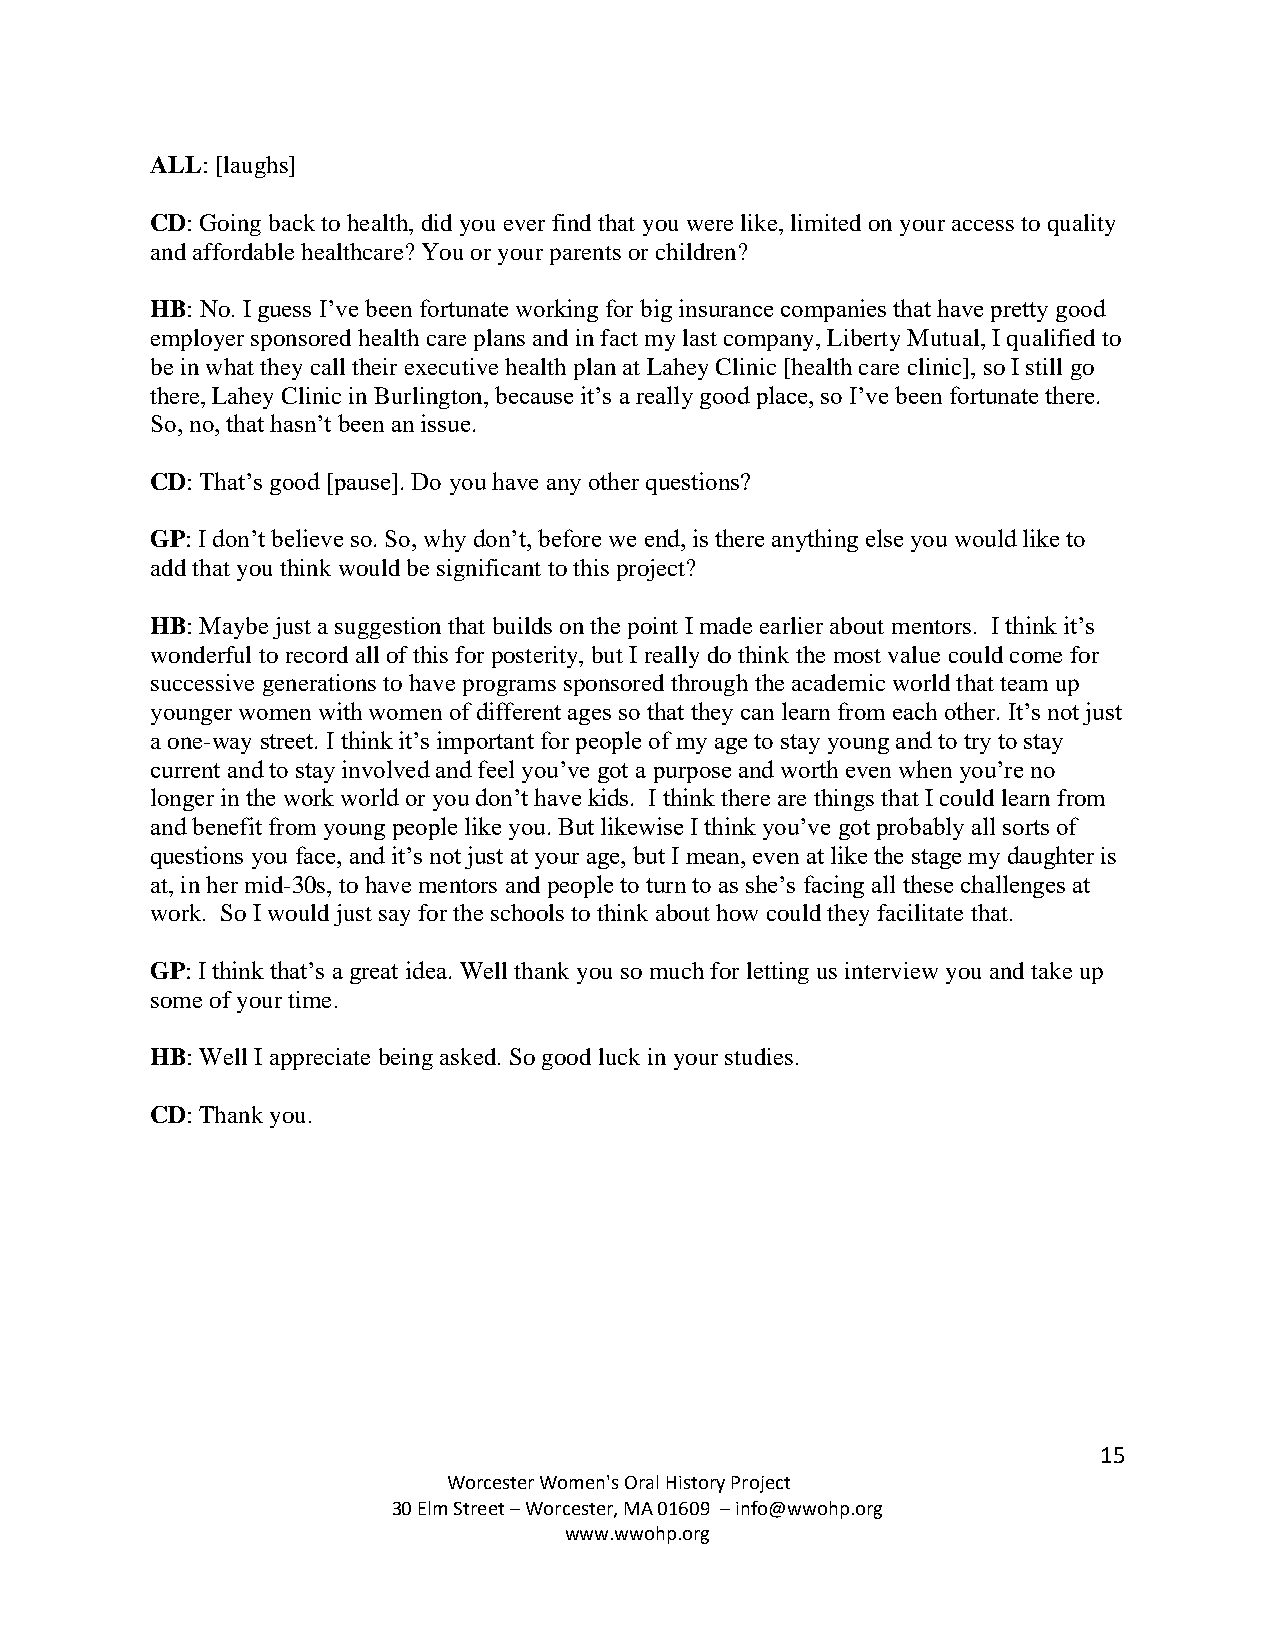
ALL: [laughs]
 CD: Going back to health, did you ever find that you were like, limited on your access to quality
 and affordable healthcare? You or your parents or children?
 HB: No. I guess I’ve been fortunate working for big insurance companies that have pretty good
 employer sponsored health care plans and in fact my last company, Liberty Mutual, I qualified to
 be in what they call their executive health plan at Lahey Clinic [health care clinic], so I still go
 there, Lahey Clinic in Burlington, because it’s a really good place, so I’ve been fortunate there.
 So, no, that hasn’t been an issue.
 CD: That’s good [pause]. Do you have any other questions?
 GP: I don’t believe so. So, why don’t, before we end, is there anything else you would like to
 add that you think would be significant to this project?
 HB: Maybe just a suggestion that builds on the point I made earlier about mentors. I think it’s
 wonderful to record all of this for posterity, but I really do think the most value could come for
 successive generations to have programs sponsored through the academic world that team up
 younger women with women of different ages so that they can learn from each other. It’s not just
 a one-way street. I think it’s important for people of my age to stay young and to try to stay
 current and to stay involved and feel you’ve got a purpose and worth even when you’re no
 longer in the work world or you don’t have kids. I think there are things that I could learn from
 and benefit from young people like you. But likewise I think you’ve got probably all sorts of
 questions you face, and it’s not just at your age, but I mean, even at like the stage my daughter is
 at, in her mid-30s, to have mentors and people to turn to as she’s facing all these challenges at
 work. So I would just say for the schools to think about how could they facilitate that.
 GP: I think that’s a great idea. Well thank you so much for letting us interview you and take up
 some of your time.
 HB: Well I appreciate being asked. So good luck in your studies.
 CD: Thank you.
 15
 Worcester Women's Oral History Project
 30 Elm Street – Worcester, MA 01609 – info@wwohp.org
 www.wwohp.org